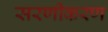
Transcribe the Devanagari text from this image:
सरणीकरण